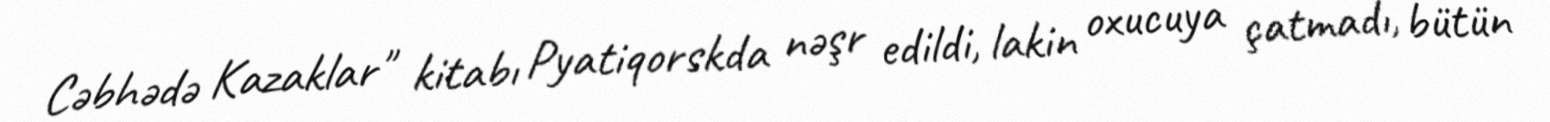
Cəbhədə Kazaklar" kitabı Pyatiqorskda nəşr edildi, lakin oxucuya çatmadı, bütün